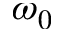
\omega _ { 0 }